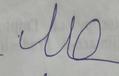
Signature authenticity: forged